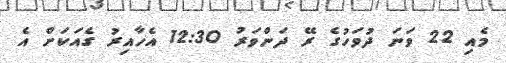
މެއި 22 ވަނަ ދުވަހުގެ ރޭ ދަންވަރު 12:30 އެހާއިރު ގެއަކަށް އެ